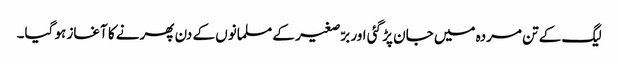
لیگ کے تن مردہ میں جان پڑ گئی اور برّصغیر کے مسلمانوں کے دن پھرنے کا آغاز ہو گیا۔